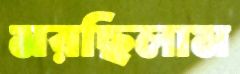
মরছিলাম